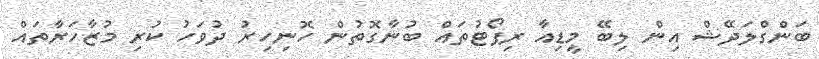
ބަންގްލަދޭޝް އިން ލިބޭ މީޑިއާ ރިޕޯޓުތައް ބުނާގޮތުން ހޮނިހިރު ދުވަހު ކުރި މުޒާހަރާތައް